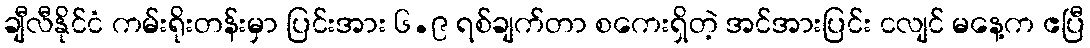
ချီလီနိုင်ငံ ကမ်းရိုးတန်းမှာ ပြင်းအား ၆.၉ ရစ်ချက်တာ စကေးရှိတဲ့ အင်အားပြင်း ငလျင် မနေ့က ဧပြီ